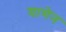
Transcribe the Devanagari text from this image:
यागेन